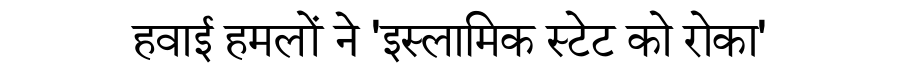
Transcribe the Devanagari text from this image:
हवाई हमलों ने 'इस्लामिक स्टेट को रोका'